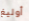
أوليغ